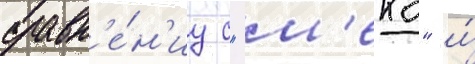
сравн'е́н'иу с "м'еко" и́